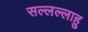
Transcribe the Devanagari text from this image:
सल्लल्लाहु